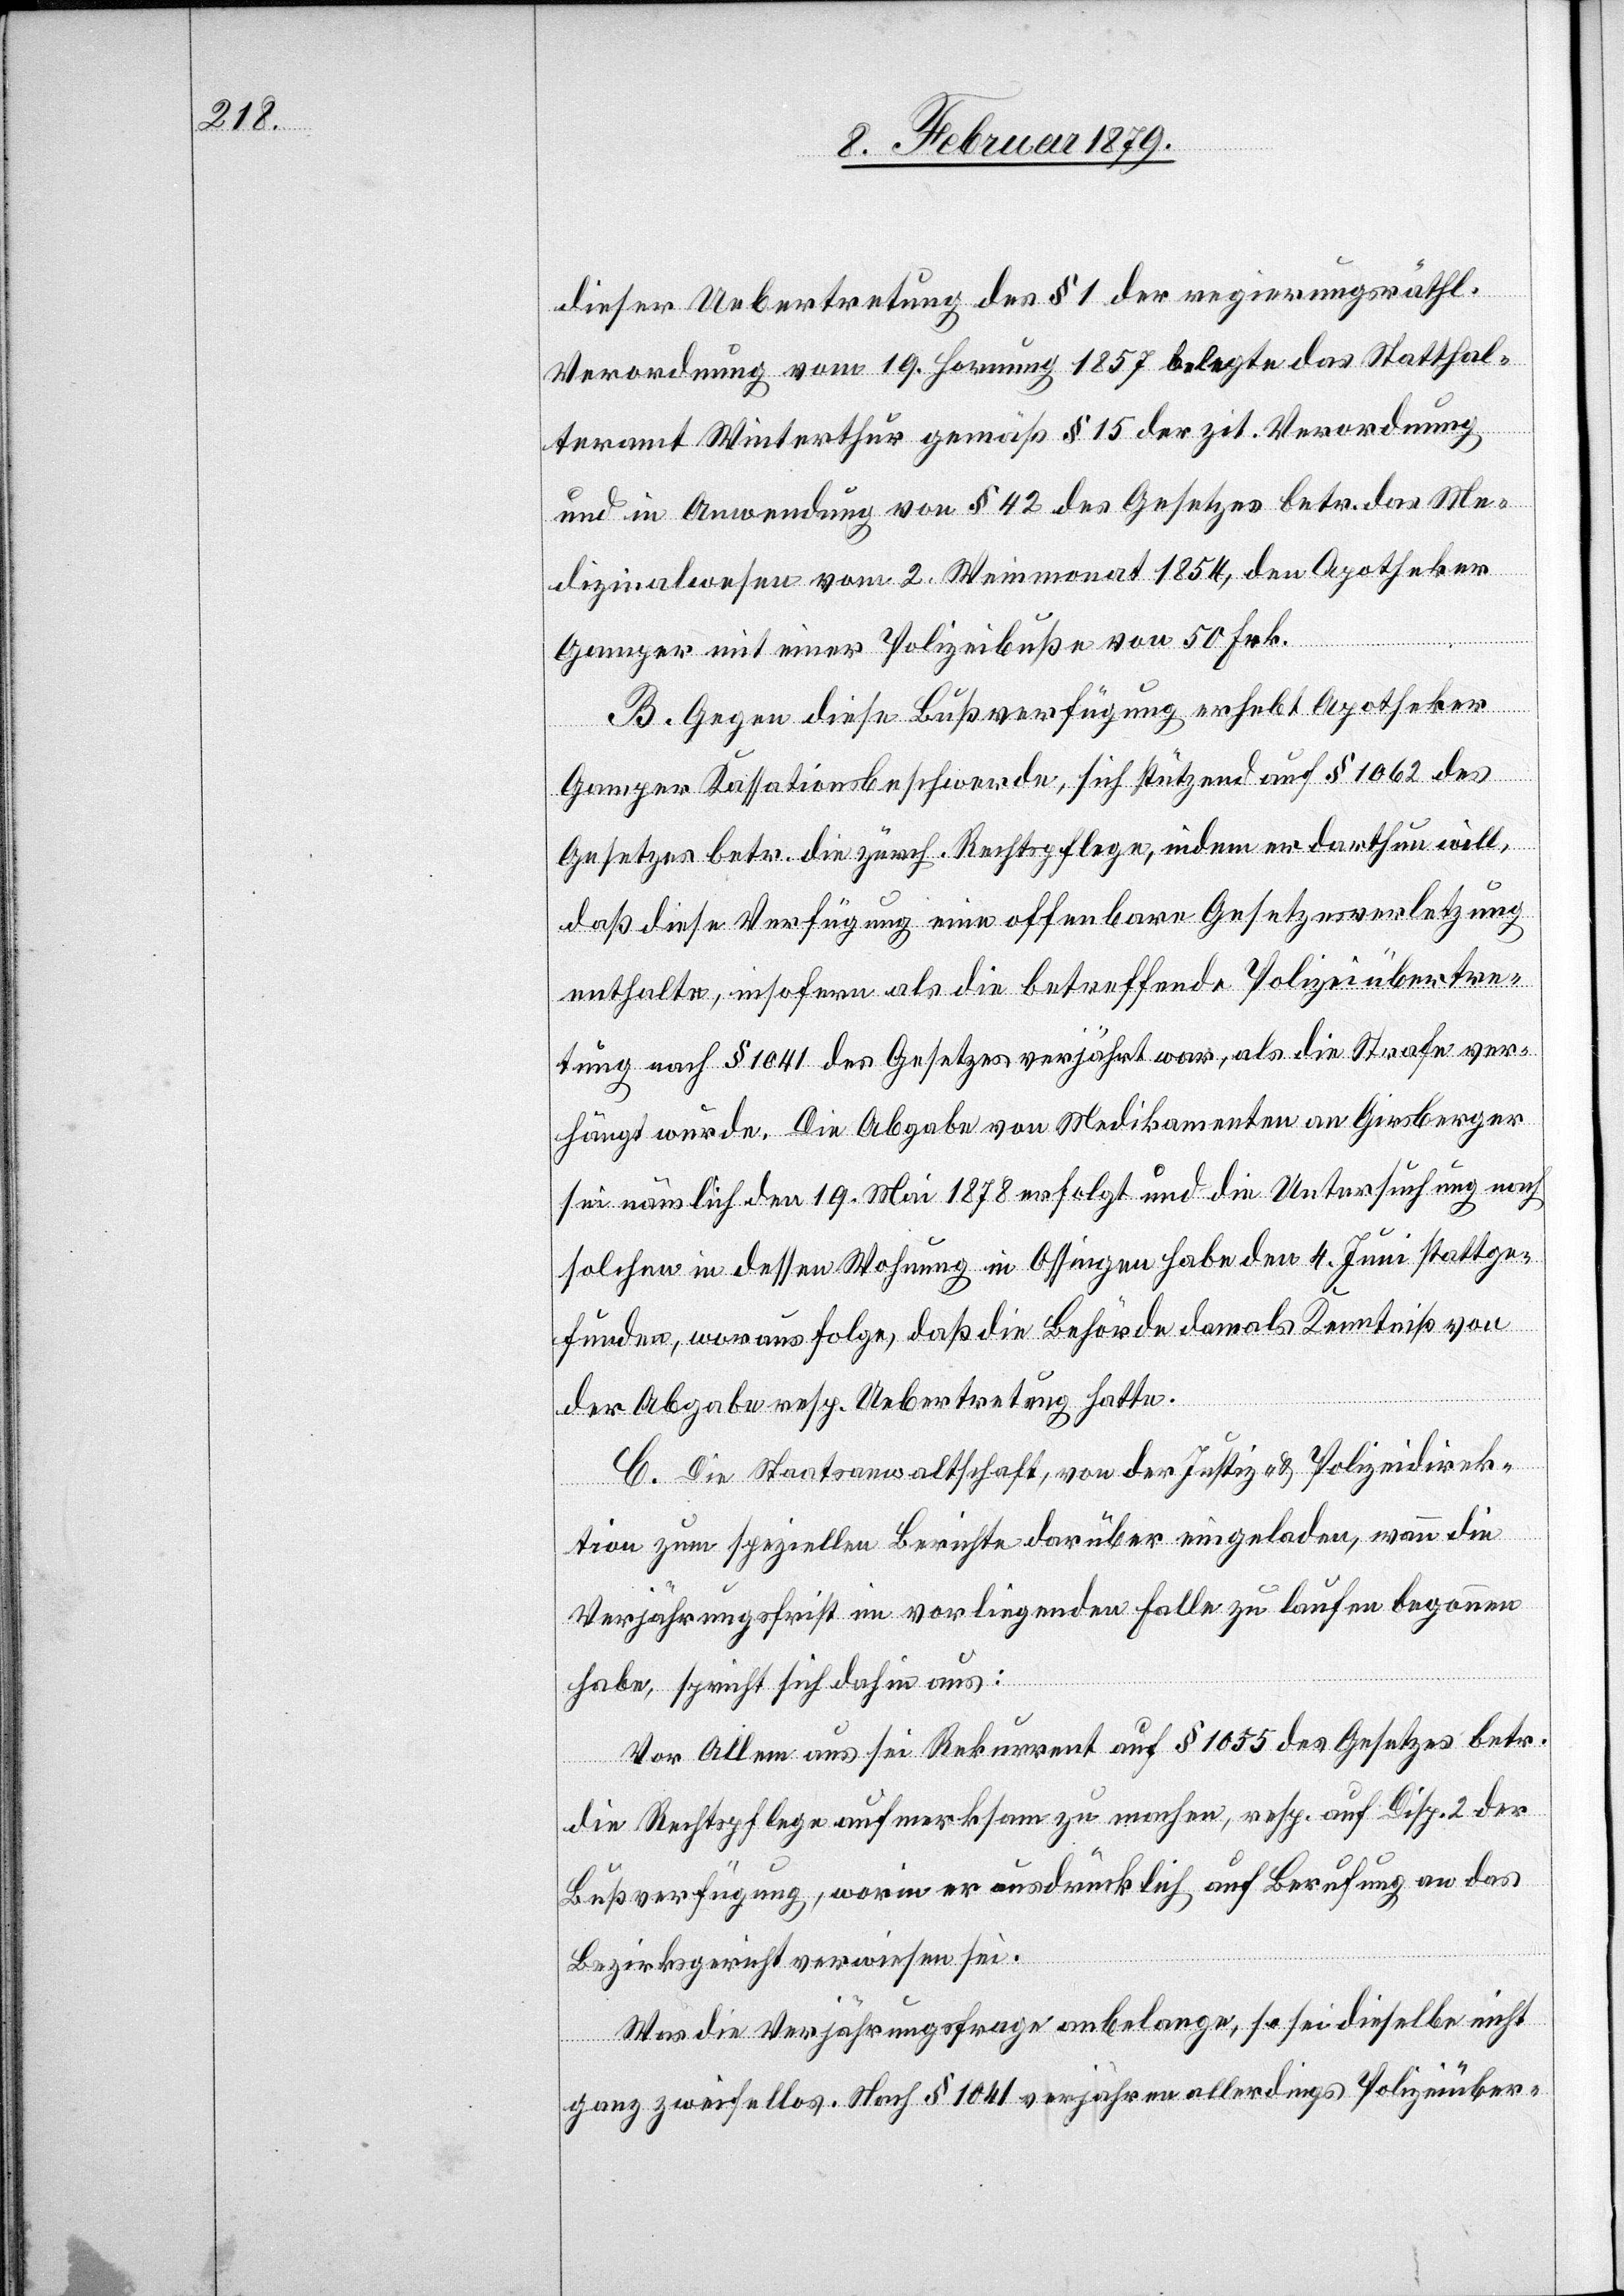
dieser Uebertretung des § 1 der regierungsräthl.
Verordnung vom 19. Hornung 1857 belegte das Statthal¬
teramt Winterthur gemäß § 15 der zit. Verordnung
und in Anwendung von § 42 des Gesetzes betr. das Me¬
dizinalwesen vom 2. Weinmonat 1854, den Apotheker
Gamper mit einer Polizeibuße von 50 Fr.
B. Gegen diese Bußverfügung erhebt Apotheker
Gamper Kassationsbeschwerde, sich stützend auf § 1062 des
Gesetzes betr. die zürch. Rechtspflege, indem er darthun will,
daß diese Verfügung eine offenbare Gesetzesverletzung
enthalte, insofern als die betreffende Polizeiübertre¬
tung nach § 1041 des Gesetzes verjährt war, als die Strafe ver¬
hängt wurde. Die Abgabe von Medikamenten an Girsberger
sei nämlich den 19. Mai 1878 erfolgt und die Untersuchung nach
solchen in dessen Wohnung in Ossingen habe den 4. Juni stattge¬
funden, woraus folge, daß die Behörde damals Kenntniß von
der Abgabe resp. Uebertretung hatte.
C. Die Staatsanwaltschaft, von der Justiz- & Polizeidirek¬
tion zum speziellen Berichte darüber eingeladen, wann die
Verjährungsfrist im vorliegenden Falle zu laufen begonnen
habe, spricht sich dahin aus:
Vor Allem aus sei Rekurrent auf § 1055 des Gesetzes betr.
die Rechtspflege aufmerksam zu machen, resp. auf Disp. 2 der
Bußverfügung, worin er ausdrücklich auf Berufung an das
Bezirksgericht verwiesen sei.
Was die Verjährungsfrage anbelange, so sei dieselbe nicht
ganz zweifellos. Nach § 1041 verjähren allerdings Polizeiüber-